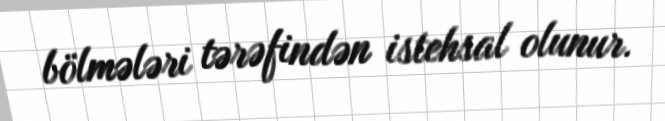
bölmələri tərəfindən istehsal olunur.